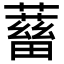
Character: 𧁖